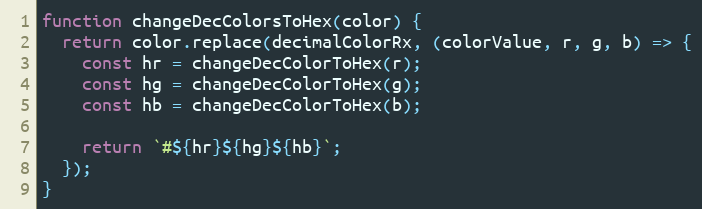
Language: JavaScript
function changeDecColorsToHex(color) {
  return color.replace(decimalColorRx, (colorValue, r, g, b) => {
    const hr = changeDecColorToHex(r);
    const hg = changeDecColorToHex(g);
    const hb = changeDecColorToHex(b);

    return `#${hr}${hg}${hb}`;
  });
}